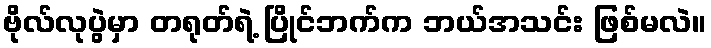
ဗိုလ်လုပွဲမှာ တရုတ်ရဲ့ ပြိုင်ဘက်က ဘယ်အသင်း ဖြစ်မလဲ။